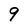
Character: 9